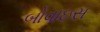
બોવાઇસ